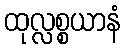
ထုလ္လစ္စယာနံ